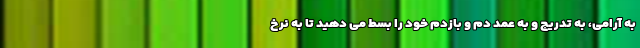
به آرامی، به تدریج و به عمد دم و بازدم خود را بسط می دهید تا به نرخ